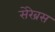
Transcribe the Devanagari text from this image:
सेरेब्रस